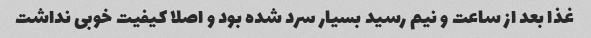
غذا بعد از ساعت و نیم رسید بسیار سرد شده بود و اصلا کیفیت خوبی نداشت